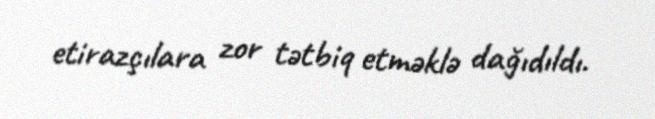
etirazçılara zor tətbiq etməklə dağıdıldı.